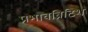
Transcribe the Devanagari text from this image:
प्रभावब्रिटिश